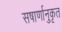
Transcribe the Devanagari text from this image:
सषार्णानुकृत